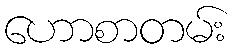
ဟောစာတမ်း